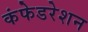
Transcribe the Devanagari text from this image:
कंफेडरेशन